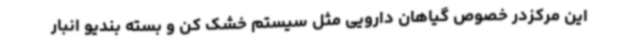
این مرکزدر خصوص گیاهان دارویی مثل سیستم خشک کن و بسته بندیو انبار